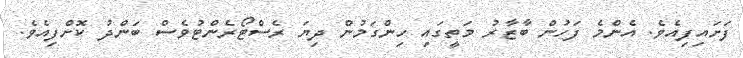
ފަށައިފިއެވެ. އެންމެ ފަހުން ބާޒާރު މަތީގައި ހިންގަމުން ދިޔަ ރެސްޓޯރެންޓުވެސް ބަންދު ކޮށްފިއެވެ.